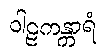
ဝါဠကန္တာရံ